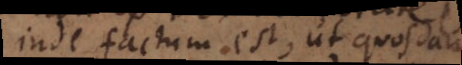
inde factum est ut quosdam